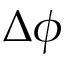
\Delta \phi